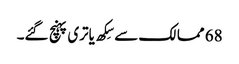
68 ممالک سے سِکھ یاتری پہنچ گئے۔